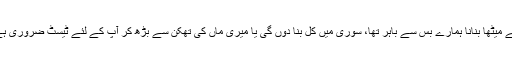
اب اتنا سارا کرنا اور اوپر سے میٹھا بنانا ہمارے بس سے باہر تھا، سوری میں کل بنا دوں گی یا میری ماں کی تھکن سے بڑھ کر آپ کے لئے ٹیسٹ ضروری ہے تو میں انہیں کہہ دیتی ہوں۔